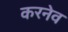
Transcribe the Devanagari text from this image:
करनेव